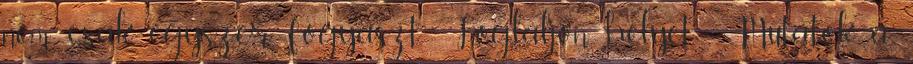
nem csak egyszer fogyaszt. -Foglaljon helyet - Mutatok a